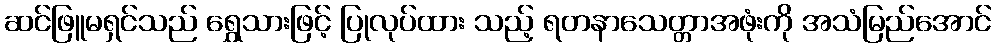
ဆင်ဖြူမရှင်သည် ရွှေသားဖြင့် ပြုလုပ်ထား သည့် ရတနာသေတ္တာအဖုံးကို အသံမြည်အောင်